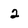
Character: 2